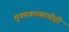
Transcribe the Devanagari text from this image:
मुक्तकाव्याचीही